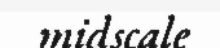
midscale